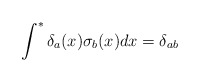
\begin{align*}\int^{\ast }\delta _{a}(x)\sigma _{b}(x)dx=\delta _{ab} \end{align*}